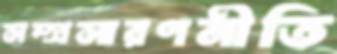
সম্প্রসারণনীতি